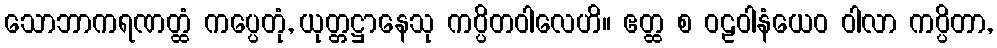
သောဘာကရဏတ္ထံ ကပ္ပေတုံ, ယုတ္တဋ္ဌာနေသု ကပ္ပိတဝါလေဟိ။ ဧတ္ထ စ ဝဠဝါနံယေဝ ဝါလာ ကပ္ပိတာ,